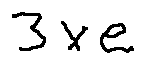
3 \times e